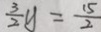
\frac { 3 } { 2 } y = \frac { 1 5 } { 2 }